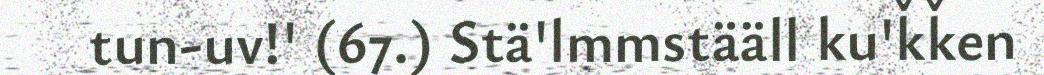
tun-uv!' (67.) Stä'lmmstääll ku'ǩǩen